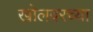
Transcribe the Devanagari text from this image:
खोलवरच्या